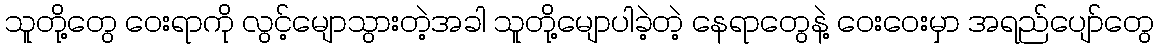
သူတို့တွေ ဝေးရာကို လွင့်မျောသွားတဲ့အခါ သူတို့မျောပါခဲ့တဲ့ နေရာတွေနဲ့ ဝေးဝေးမှာ အရည်ပျော်တွေ